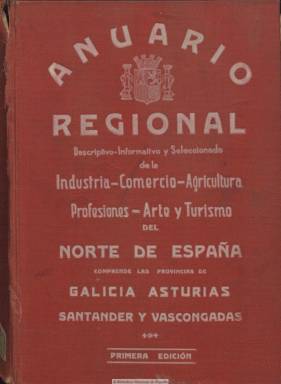
Título: Anuario regional descriptivo, informativo y seleccionado de la industria, comercio, agricultura, profesiones, arte y turismo del Norte de España
Colección: Guías y directorios || Economía || Industria
Ámbito geográfico: Madrid
Lugar de publicación: Madrid
Fechas: 01/01/1932-31/12/1932

Dedicado a las cuatro provincias de Galicia, a las tres de Vascongadas y a las de Asturias y Santander, contiene descripciones básicas de geografía, historia y costumbres, población, de interés turístico y de comunicaciones, y directorios de organismos judiciales, administrativos, militares y eclesiásticos, e índices de personalidades oficiales, de profesionales y de industrias, comercios y negocios en general de todas las poblaciones que comprenden. Los textos van acompañados de fotografías de panorámicas, vistas de ciudades, lugares y edificios singulares y de interés (puertos, catedrales, teatros, etc.) y de monumentos, así como un mapa de comunicaciones de cada provincia. Inserta numerosa publicidad comercial. Editado por Anuarios Regionales de España (Madrid), el volumen supera las ochocientas páginas, al final incluye índices de poblaciones y de anunciantes, y corresponde a su primera edición, de 1932. En la Biblioteca Nacional de España también está digitalizado el anuario regional correspondiente a Andalucía y a las poblaciones del protectorado español en el Norte de África, de 1932. La misma empresa editó, en 1931, los anuarios regionales de Cataluña y de Levante (Castellón, Alicante y Valencia) y el correspondiente a Aragón, La Rioja y Navarra.